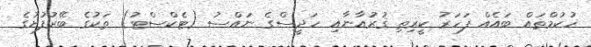
ހުކުމްތައް ބައެއް ފަހަރު ކީރިތި ޤުރުއާނާއި ހަދީސްގެ ނައްސު (ޓެކްސްޓު) ތަކުގެ ބޭރުފުށުގެ